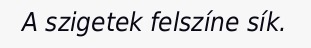
A szigetek felszíne sík.